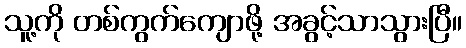
သူ့ကို တစ်ကွက်ကျောဖို့ အခွင့်သာသွားပြီ။